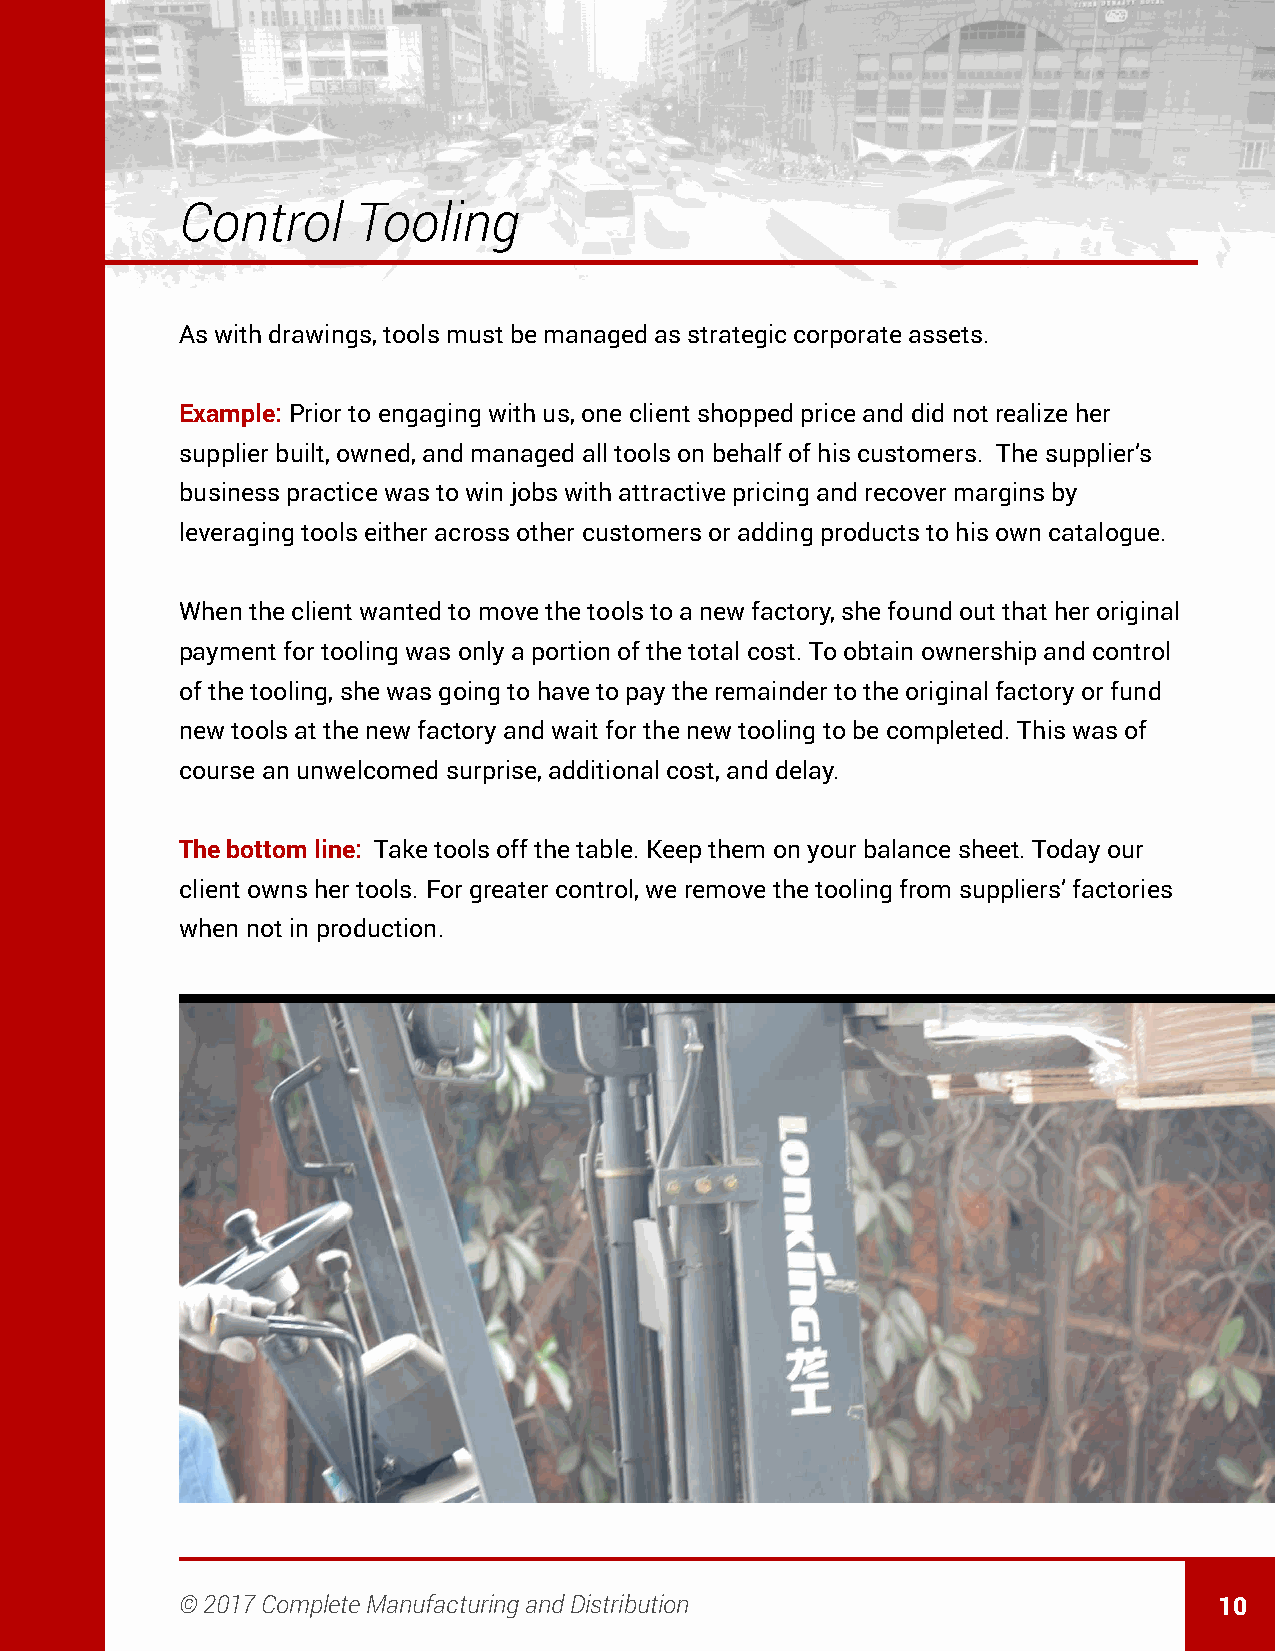
Control     Tooling
 As with drawings, tools must be managed as strategic corporate assets.
 Example: Prior to engaging with us, one client shopped price and did not realize her
 supplier built, owned, and managed all tools on behalf of his customers. The supplier’s
 business practice was to win jobs with attractive pricing and recover margins by
 leveraging tools either across other customers or adding products to his own catalogue.
 When the client wanted to move the tools to a new factory, she found out that her original
 payment for tooling was only a portion of the total cost. To obtain ownership and control
 of the tooling, she was going to have to pay the remainder to the original factory or fund
 new tools at the new factory and wait for the new tooling to be completed. This was of
 course an unwelcomed surprise, additional cost, and delay.
 The bottom line: Take tools off the table. Keep them on your balance sheet. Today our
 client owns her tools. For greater control, we remove the tooling from suppliers’ factories
 when not in production.
 © 2017 Complete Manufacturing and Distribution                       10